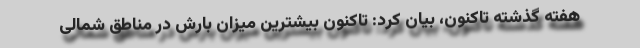
هفته گذشته تاکنون، بیان کرد: تاکنون بیشترین میزان بارش در مناطق شمالی